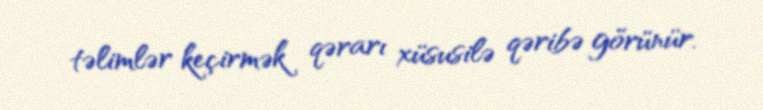
təlimlər keçirmək qərarı xüsusilə qəribə görünür.